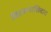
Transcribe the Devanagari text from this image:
वितरणाशिवाय